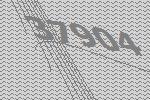
37904